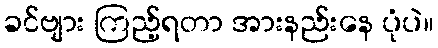
ခင်ဗျား ကြည့်ရတာ အားနည်းနေ ပုံပဲ။